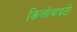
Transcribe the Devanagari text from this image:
किलोबाइटों